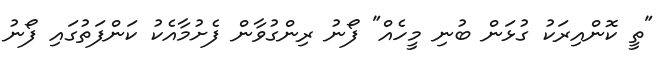
"ތީ ކޮންއިރަކު ގުޅަން ބުނި މީހެއް" ފޯނު ރިންގުވާން ފެށުމާއެކު ކަންފަތުގައި ފޯނު